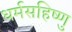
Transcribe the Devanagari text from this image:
धर्मसहिष्णु